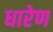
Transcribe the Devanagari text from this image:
धारेण